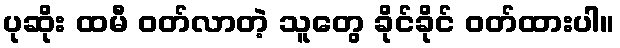
ပုဆိုး ထမီ ဝတ်လာတဲ့ သူတွေ ခိုင်ခိုင် ဝတ်ထားပါ။